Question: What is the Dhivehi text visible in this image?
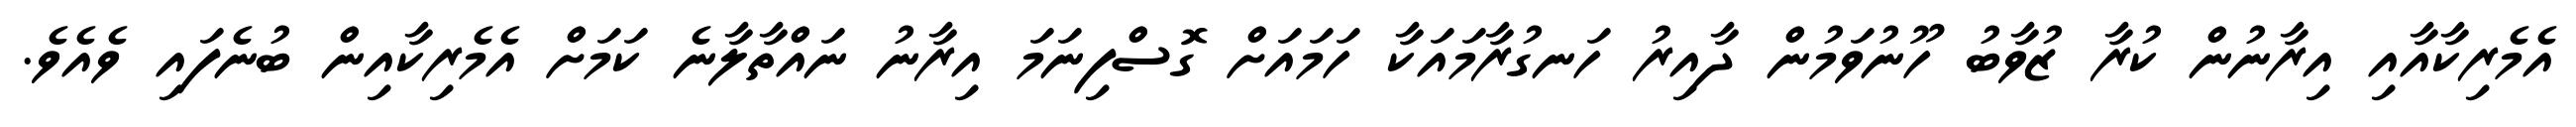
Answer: އެމެރިކާއާއި އިރާނުން ކުރާ ޒުވާބު ހޫނުވަމުން ދާއިރު ހަނގުރާމައަކާ ހަމައަށް ގޮސްފިނަމަ އިރާނު ނައްތާލާނެ ކަމަށް އެމެރިކާއިން ބުނެފައި ވެއެވެ.